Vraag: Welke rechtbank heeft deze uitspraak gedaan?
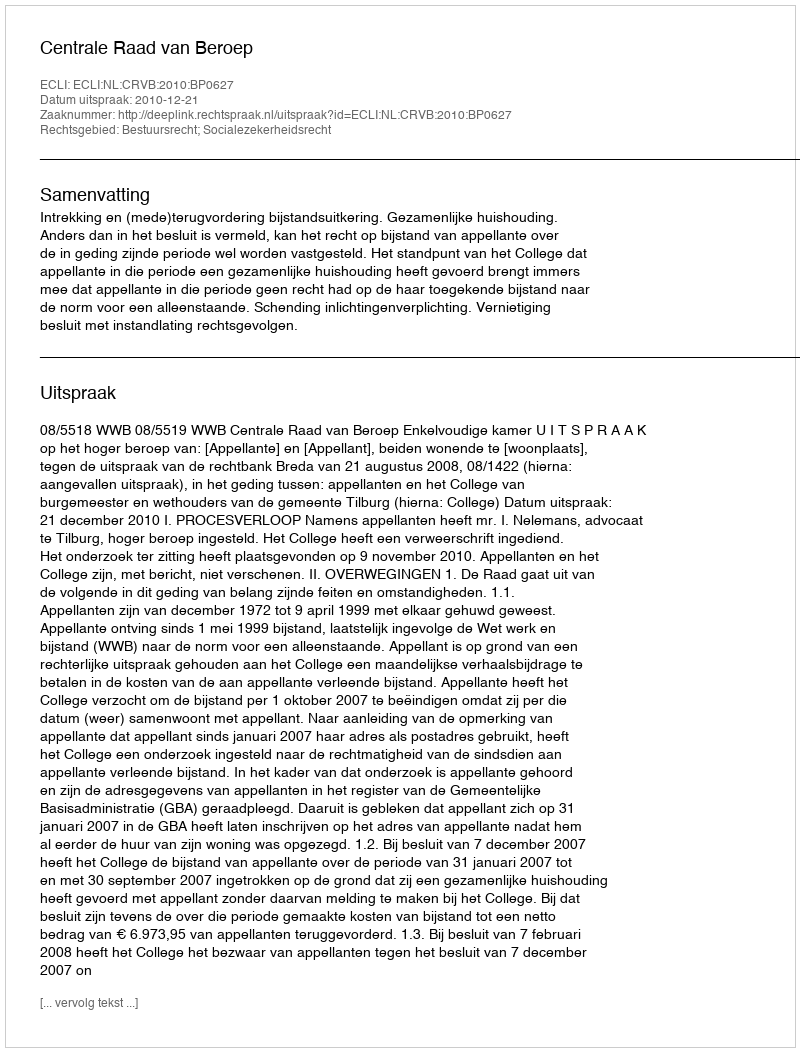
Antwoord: Centrale Raad van Beroep